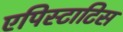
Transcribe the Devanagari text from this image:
एपिस्टाटिस